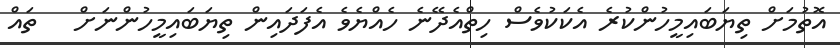
އޮތުމަށް ތިޔަބައިމީހުންކުރެ އެކަކުވެސް ހިތްއެދޭނެ ހެއްޔެވެ އެފަދައިން ތިޔަބައިމީހުންނަށް   ތައް